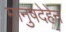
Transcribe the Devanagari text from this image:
मानुषदेहेन